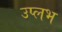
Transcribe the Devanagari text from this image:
उप्लभ